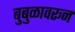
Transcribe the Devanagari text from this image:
बुबुळावरून